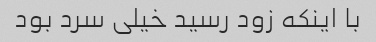
با اینکه زود رسید خیلی سرد بود